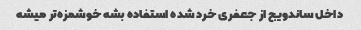
داخل ساندویج از جعفری خرد شده استفاده بشه خوشمزه‌تر میشه